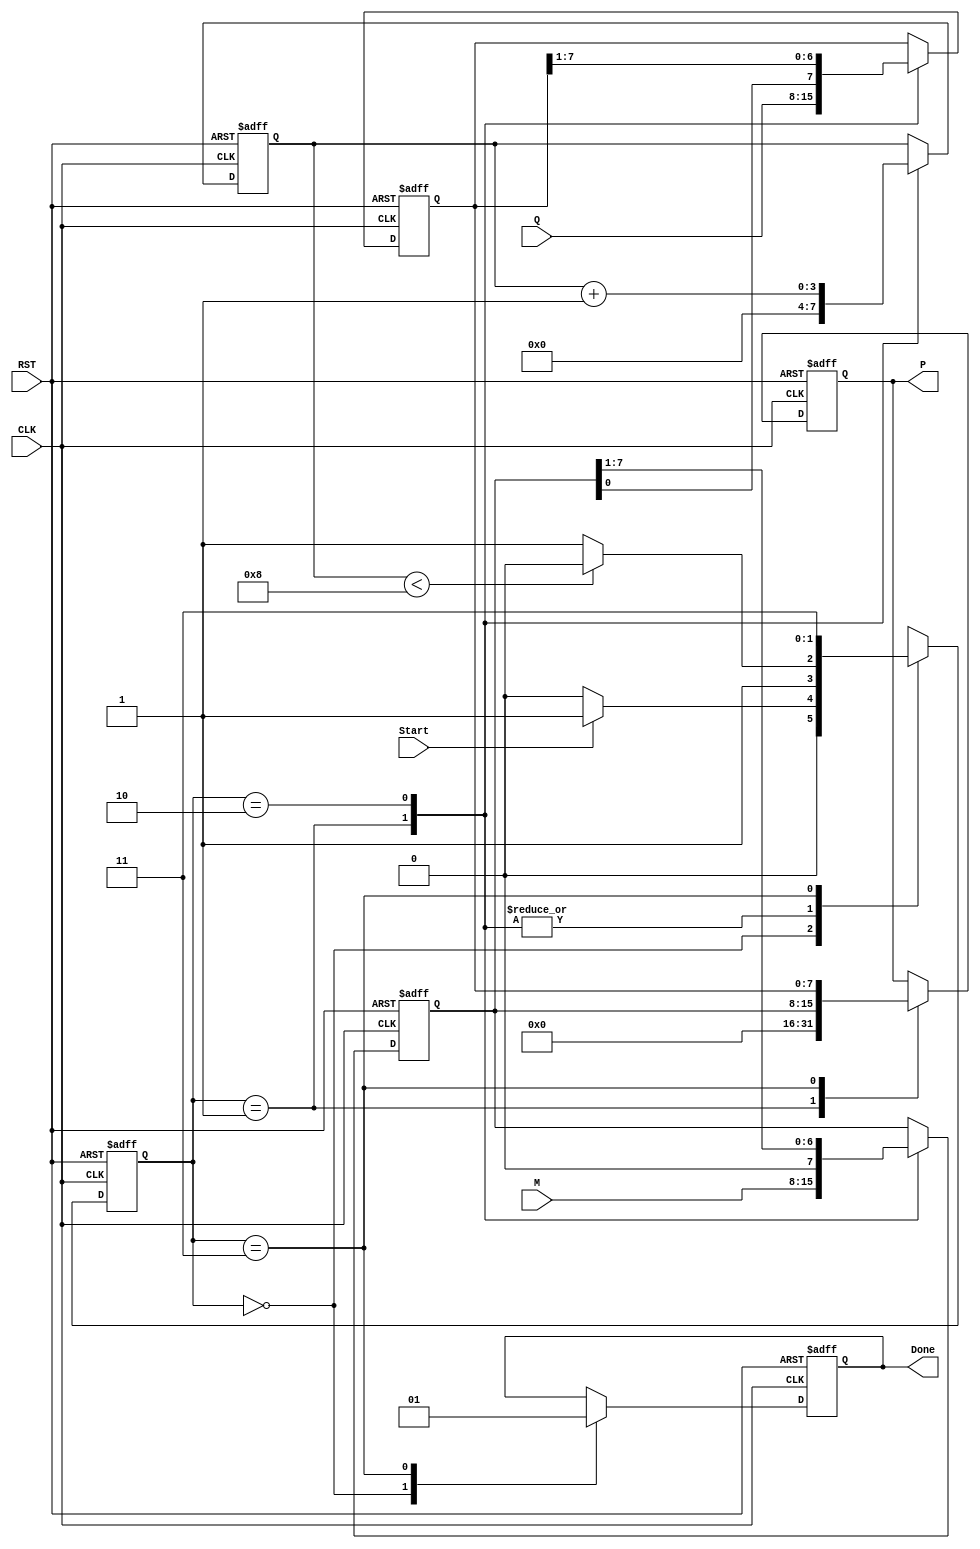
module modified_booth_multiplier #(parameter WIDTH = 8) (
    input wire [WIDTH-1:0] M,      // Multiplicand
    input wire [WIDTH-1:0] Q,      // Multiplier
    input wire Start,               // Start signal
    input wire CLK,                 // Clock signal
    input wire RST,                 // Reset signal
    output reg [2*WIDTH-1:0] P,     // Product
    output reg Done                 // Done signal
);

    reg [WIDTH-1:0] A;              // Accumulator
    reg [WIDTH-1:0] Q_reg;          // Multiplier register
    reg Q_1;                        // Previous bit of Q
    reg [3:0] count;                // Iteration counter

    // State definitions
    localparam IDLE = 2'b00,
               INIT = 2'b01,
               EXECUTE = 2'b10,
               DONE = 2'b11;

    reg [1:0] state, next_state;

    // State Machine
    always @(posedge CLK or posedge RST) begin
        if (RST) begin
            state <= IDLE;
        end else begin
            state <= next_state;
        end
    end

    // Next state logic
    always @(*) begin
        case (state)
            IDLE: begin
                if (Start) next_state = INIT;
                else next_state = IDLE;
            end
            INIT: begin
                if (count < WIDTH) next_state = EXECUTE;
                else next_state = DONE;
            end
            EXECUTE: begin
                if (count < WIDTH) next_state = EXECUTE;
                else next_state = DONE;
            end
            DONE: begin
                next_state = DONE;
            end
            default: next_state = IDLE;
        endcase
    end

    // Control logic and operations
    always @(posedge CLK or posedge RST) begin
        if (RST) begin
            A <= 0;
            Q_reg <= 0;
            Q_1 <= 0;
            P <= 0;
            Done <= 0;
            count <= 0;
        end else begin
            case (state)
                IDLE: begin
                    Done <= 0;
                end
                INIT: begin
                    A <= M;                // Load multiplicand
                    Q_reg <= Q;           // Load multiplier
                    Q_1 <= 0;             // Initialize Q-1
                    count <= 0;           // Reset counter
                    P <= 0;               // Reset product
                end
                EXECUTE: begin
                    // Booth's algorithm logic
                    case ({Q_reg[0], Q_1})
                        2'b01: A <= A + M; // Add M
                        2'b10: A <= A - M; // Subtract M
                        default: ;         // Do nothing
                    endcase

                    // Arithmetic right shift
                    {A, Q_reg, Q_1} <= {A, Q_reg, Q_1} >> 1; // Shift right
                    Q_1 <= Q_reg[0]; // Update Q-1
                    count <= count + 1; // Increment counter
                end
                DONE: begin
                    P <= {A, Q_reg}; // Combine A and Q_reg to form product
                    Done <= 1; // Set done signal
                end
            endcase
        end
    end
endmodule